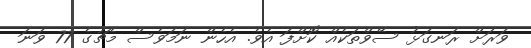
ވަރަށް ރަނގަޅު ސޭވްތަކެއް ކޮށްފަ އެވެ. އެހެން ނަމަވެސް މެޗުގެ 77 ވަނަ